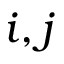
i , j